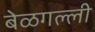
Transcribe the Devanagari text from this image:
बेळगल्ली